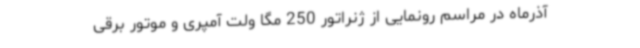
آذرماه در مراسم رونمایی از ژنراتور 250 مگا ولت آمپری و موتور برقی